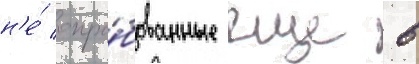
н'е́ опро́бованные еще в